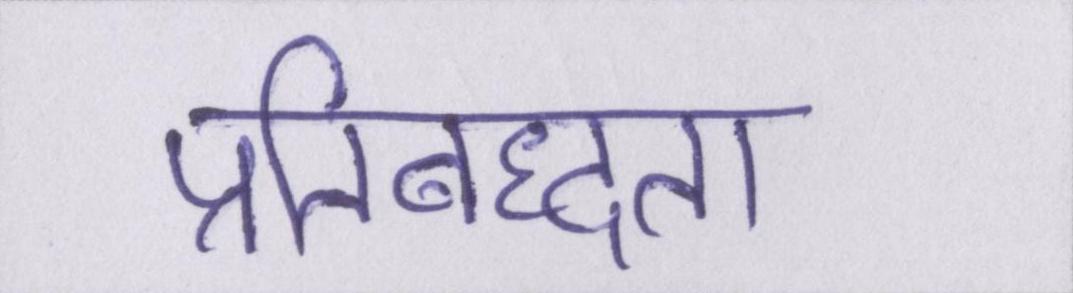
प्रतिबध्दता